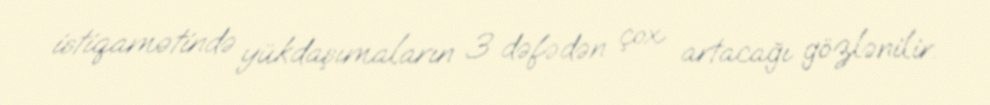
istiqamətində yükdaşımaların 3 dəfədən çox artacağı gözlənilir.